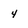
Character: 4